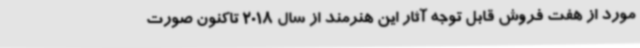
مورد از هفت فروش قابل توجه آثار این هنرمند از سال 2018 تاکنون صورت